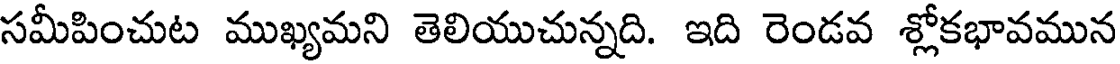
సమీపించుట ముఖ్యమని తెలియుచున్నది. ఇది రెండవ శ్లోకభావమున